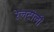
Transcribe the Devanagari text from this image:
रेलटोली